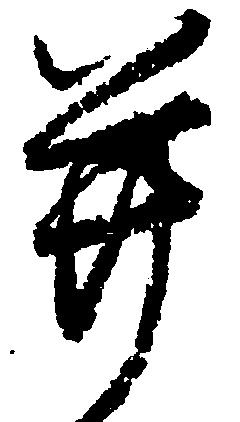
并